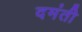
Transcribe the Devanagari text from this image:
दमंती